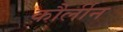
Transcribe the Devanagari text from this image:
कौर्लीन